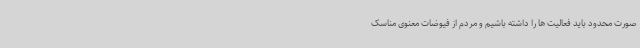
صورت محدود باید فعالیت ها را داشته باشیم و مردم از فیوضات معنوی مناسک